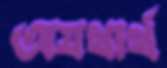
অযথার্থ